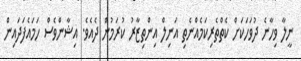
ނީލާ ވިހާނެ ދުވަހަކަށް ކެތްތެރިކަމެއްނެތި އަނިލް އިންތިޒާރު ކުރަމުން ދެއެވެ. އިޝާންވެސް ހަމައެފަދައިން